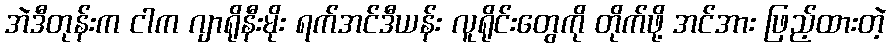
အဲဒီတုန်းက ငါက ဂျာရိုနီးမိုး ရက်အင်ဒီယန်း လူရိုင်းတွေကို တိုက်ဖို့ အင်အား ဖြည့်ထားတဲ့